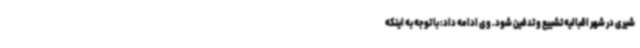
شیری در شهر اقبالیه تشییع و تدفین شود. وی ادامه داد: با توجه به اینکه